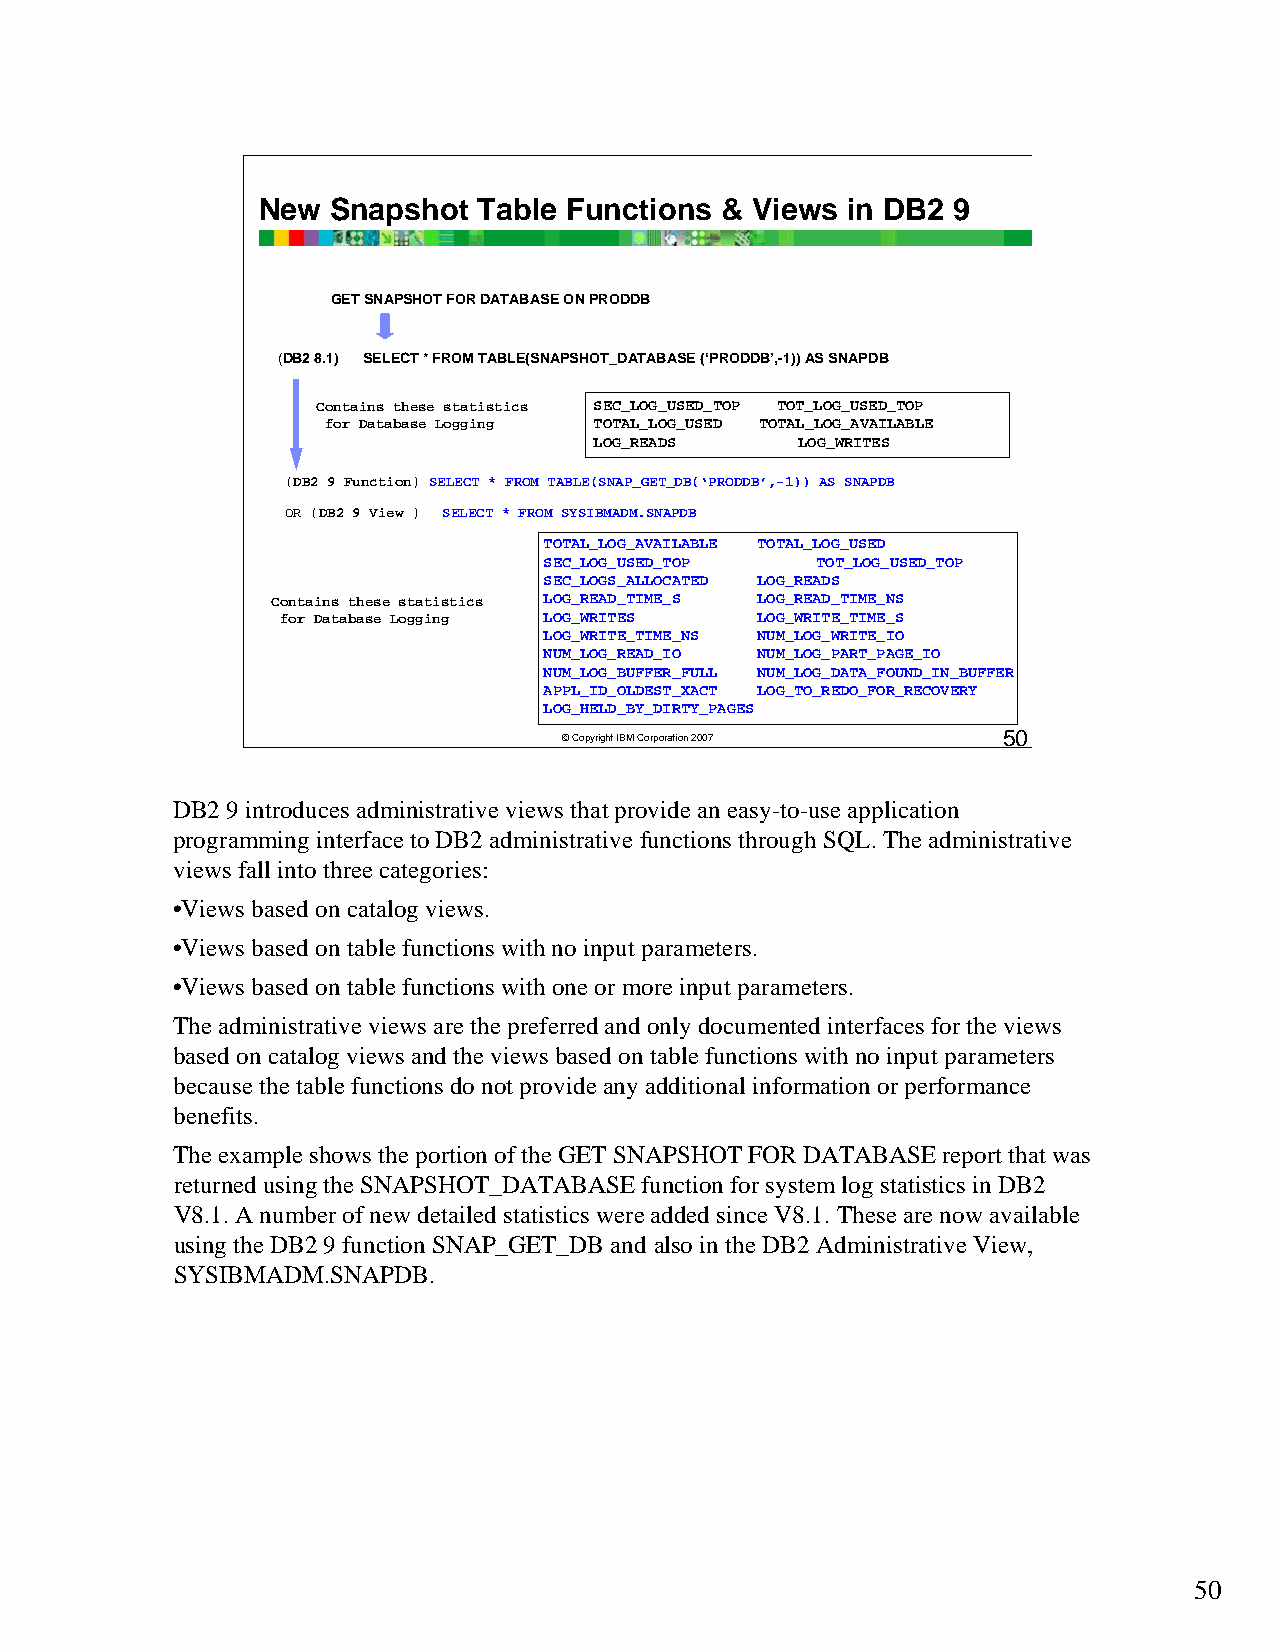
New  Snapshot  Table Functions & Views in DB2 9
 GET SNAPSHOT FOR DATABASE ON PRODDB
 (DB2 8.1) SELECT * FROM TABLE(SNAPSHOT_DATABASE (‘PRODDB’,-1)) AS SNAPDB
 Contains these statistics SEC_LOG_USED_TOP TOT_LOG_USED_TOP
 for Database Logging TOTAL_LOG_USED TOTAL_LOG_AVAILABLE
 LOG_READS     LOG_WRITES
 (DB2 9 Function) SELECT * FROM TABLE(SNAP_GET_DB(‘PRODDB’,-1)) AS SNAPDB
 OR (DB2 9 View ) SELECT * FROM SYSIBMADM.SNAPDB
 TOTAL_LOG_AVAILABLE TOTAL_LOG_USED
 SEC_LOG_USED_TOP  TOT_LOG_USED_TOP
 SEC_LOGS_ALLOCATED LOG_READS
 Contains these statistics LOG_READ_TIME_S LOG_READ_TIME_NS
 for Database Logging LOG_WRITES LOG_WRITE_TIME_S
 LOG_WRITE_TIME_NS NUM_LOG_WRITE_IO
 NUM_LOG_READ_IO NUM_LOG_PART_PAGE_IO
 NUM_LOG_BUFFER_FULL NUM_LOG_DATA_FOUND_IN_BUFFER
 APPL_ID_OLDEST_XACT LOG_TO_REDO_FOR_RECOVERY
 LOG_HELD_BY_DIRTY_PAGES
 ©Copyright IBM Corporation 2007 50
 DB2 9 introduces administrative views that provide an easy-to-use application
 programming interface to DB2 administrative functions through SQL. The administrative
 views fall into three categories:
 •Views based on catalog views.
 •Views based on table functions with no input parameters.
 •Views based on table functions with one or more input parameters.
 The administrative views are the preferred and only documented interfaces for the views
 based on catalog views and the views based on table functions with no input parameters
 because the table functions do not provide any additional information or performance
 benefits.
 The example shows the portion of the GET SNAPSHOT FOR DATABASE report that was
 returned using the SNAPSHOT_DATABASE function for system log statistics in DB2
 V8.1. A number of new detailed statistics were added since V8.1.These are now available
 using the DB2 9 function SNAP_GET_DB and also in the DB2 Administrative View,
 SYSIBMADM.SNAPDB.
 50